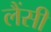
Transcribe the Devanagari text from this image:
लैंसी